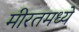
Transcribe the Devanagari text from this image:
मीरतमध्ये